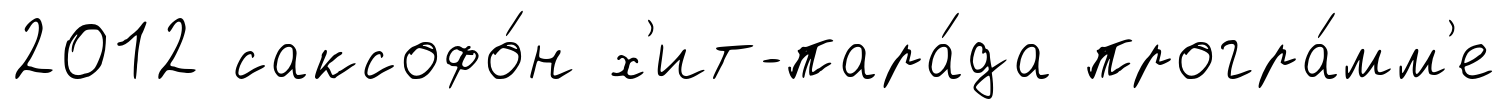
2012 саксофо́н х'ит-пара́да програ́мм'е